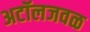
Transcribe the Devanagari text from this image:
अटॉलजवळ